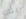
يبدو